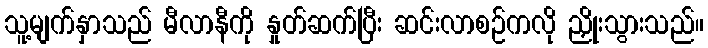
သူ့မျက်နှာသည် မီလာနီကို နှုတ်ဆက်ပြီး ဆင်းလာစဉ်ကလို ညှိုးသွားသည်။